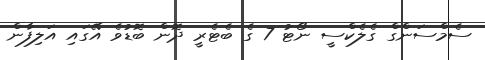
ސެމްސަންގް ގެލެކްސީ ނޯޓު 7 ގެ ބެޓެރީ ދޮން ބޮޑުވެ އޭގައި އަލިފާން